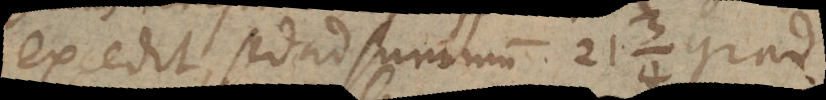
excedit, sed ad summum 21 ¾ grad.